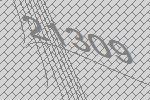
21309